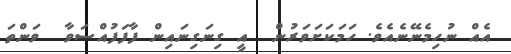
އެއް ނުހިމެނޭނެއެވެ. ހަމަކަށަވަރުން  އީ ގިނަގިނައިން ފާފަފުއްސަވާ  ވަންތަ